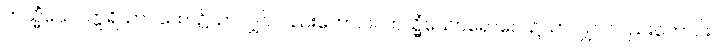
တသ္မိံယေဝဣရိယာပထေ၊ ၌သာလျှင်လည်းကောင်း။ တသ္မိံယေဝရောဂေ၊ ၌သာလျှင် လည်းကောင်း။